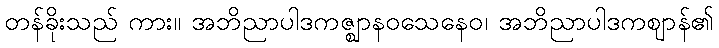
တန်ခိုးသည် ကား။ အဘိညာပါဒကဇ္ဈာနဝသေနေဝ၊ အဘိညာပါဒကဈာန်၏